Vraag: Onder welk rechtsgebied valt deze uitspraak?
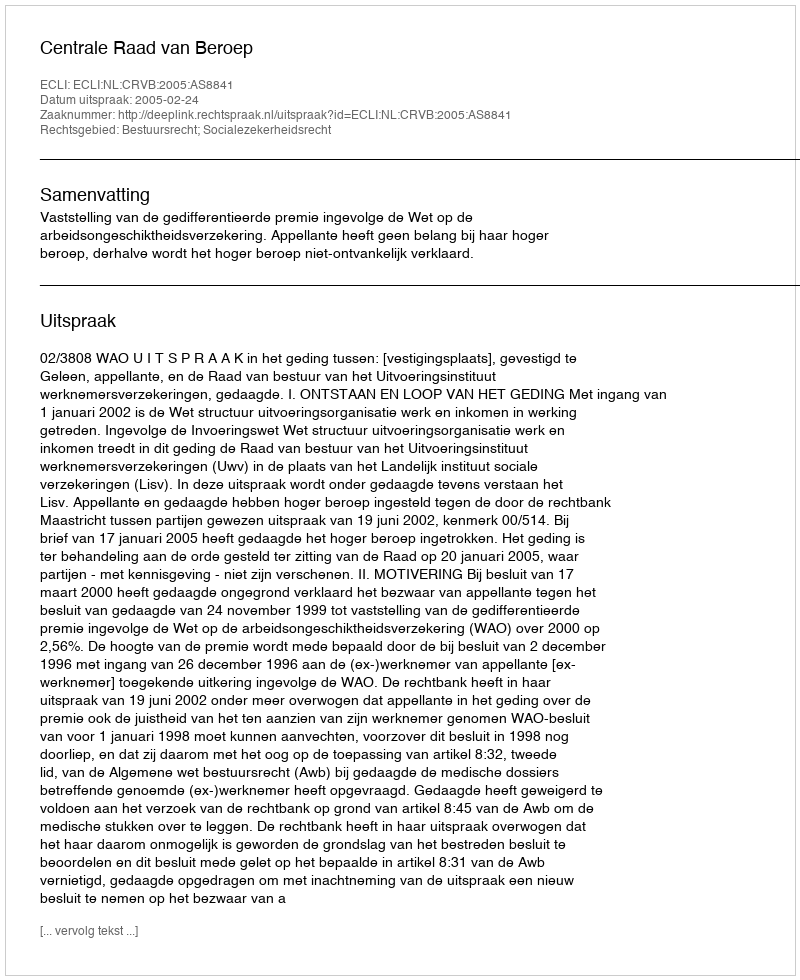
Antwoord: Bestuursrecht; Socialezekerheidsrecht